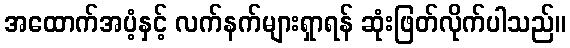
အထောက်အပံ့နှင့် လက်နက်များရှာရန် ဆုံးဖြတ်လိုက်ပါသည်။